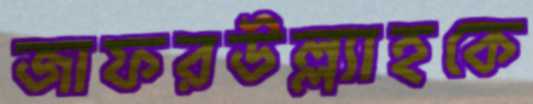
জাফরউল্ল্যাহকে